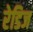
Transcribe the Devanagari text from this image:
रेडिज